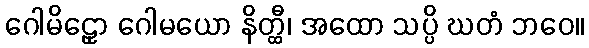
ဂေါမိဠှော ဂေါမယော နိတ္ထီ၊ အထော သပ္ပိ ဃတံ ဘဝေ။